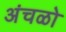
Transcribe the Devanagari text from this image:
अंचळो